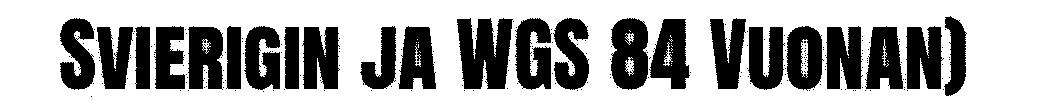
Svierigin ja WGS 84 Vuonan)